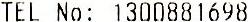
TEL NO: 1300881698